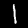
Label: 1